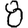
Digit: 8